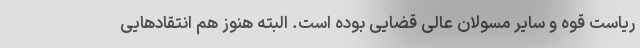
ریاست قوه و سایر مسولان عالی قضایی بوده است. البته هنوز هم انتقادهایی